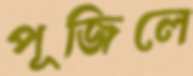
পূজিলে